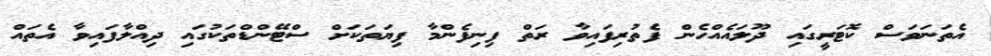
އެތަނަވަސް ކޮޓަރީގައި ދޫލައެއްހެން ފެތުރިފައިވާ ރަތް ފިނިފެންމާ ފިޔަތަކަށް ސްޓޭންޑްތަކުގައި ދިއްލާފައިވާ އެތައް